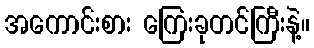
အကောင်းစား ကြေးခုတင်ကြီးနဲ့။